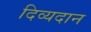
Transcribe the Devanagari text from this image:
दिव्यदान